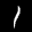
Label: 1